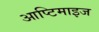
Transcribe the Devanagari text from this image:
आप्टिमाइज